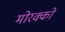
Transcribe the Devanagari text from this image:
मोरक्को